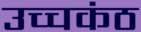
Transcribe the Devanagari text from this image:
उच्चकंठ